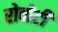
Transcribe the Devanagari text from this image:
रोबोटी